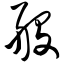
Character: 般